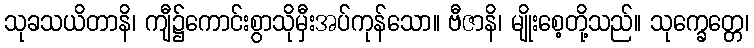
သုခသယိတာနိ၊ ကျီ၌ကောင်းစွာသိုမှီးအပ်ကုန်သော။ ဗီဇာနိ၊ မျိုးစေ့တို့သည်။ သုက္ခေတ္တေ၊